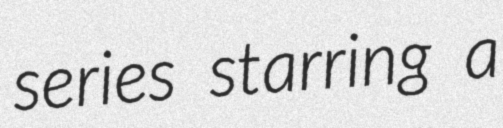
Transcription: series starring a